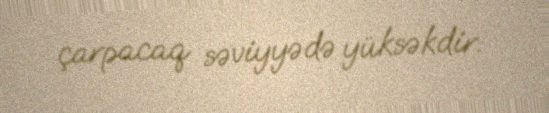
çarpacaq səviyyədə yüksəkdir.